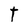
Character: T